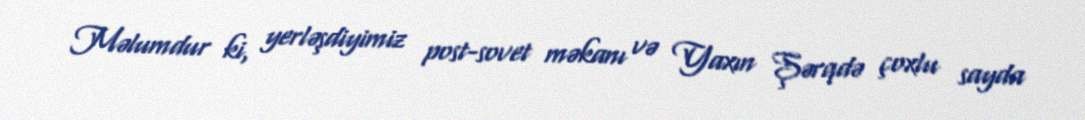
Məlumdur ki, yerləşdiyimiz post-sovet məkanı və Yaxın Şərqdə çoxlu sayda